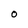
Character: O